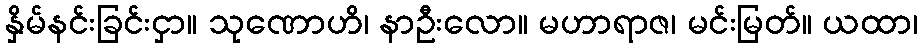
နှိမ်နင်းခြင်းငှာ။ သုဏောဟိ၊ နာဦးလော။ မဟာရာဇ၊ မင်းမြတ်။ ယထာ၊